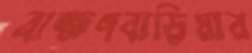
ব্রাহ্মণবাড়িয়ার